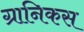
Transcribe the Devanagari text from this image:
ग्रानिकस